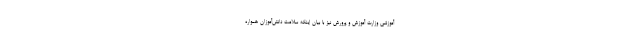
آموزشی وزارت آموزش و پرورش نیز با بیان اینکه سلامت دانش‌آموزان همواره